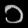
Digit: ၁